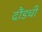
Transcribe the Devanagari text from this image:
दौंडची